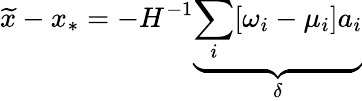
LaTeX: \widetilde{x}-x_{*}=-H^{-1}\underbrace{\sum_{i}[\omega_{i}-\mu_{i}]a_{i}}_{\delta}